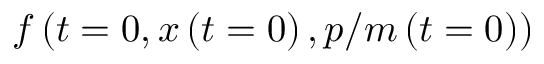
f \left( t = 0 , \boldsymbol { x } \left( t = 0 \right) , \boldsymbol { p } / m \left( t = 0 \right) \right)